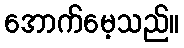
အောက်မေ့သည်။